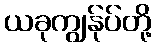
ယခုကျွန်ုပ်တို့